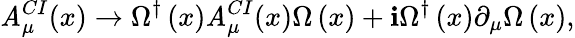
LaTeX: \mathit{A}_{\mu}^{CI}(x)\rightarrow\Omega^{\dagger}\left(x\right)\mathit{A}_{\mu}^{CI}(x)\Omega\left(x\right)+\mathbf{i}\Omega^{\dagger}\left(x\right)\partial_{\mu}\Omega\left(x\right),